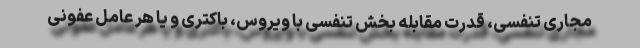
مجاری تنفسی، قدرت مقابله بخش تنفسی با ویروس، باکتری و یا هر عامل عفونی